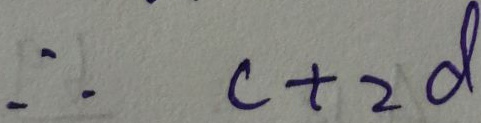
\therefore c + 2 d